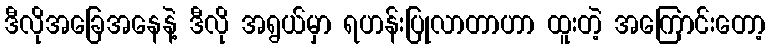
ဒီလိုအခြေအနေနဲ့ ဒီလို အရွယ်မှာ ရဟန်းပြုလာတာဟာ ထူးတဲ့ အကြောင်းတော့